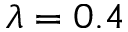
\lambda = 0 . 4